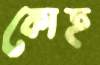
কোহ